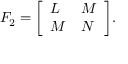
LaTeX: F _ { 2 } = { \left[ \begin{array} { l l } { L } & { M } \\ { M } & { N } \end{array} \right] } .